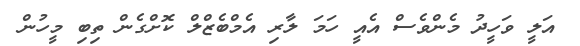
އަލީ ވަހީދު މެންވެސް އެއީ ހަމަ ލާރި އެމްބެޒްލް ކޮށްގެން ތިބި މީހުން